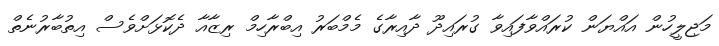
މަޖިލީހުން އައްޔަން ކުރައްވާފައިވާ ގުރައިދޫ ދާއިރާގެ މެމްބަރު އިބްރާހިމް ރިޒާއާ ދެކޮޅަށްވެސް އިތުބާރުނެތް